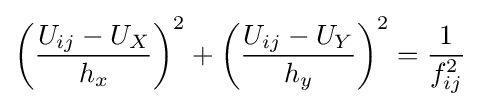
\left({\frac {U_{ij}-U_{X}}{h_{x}}}\right)^{2}+\left({\frac {U_{ij}-U_{Y}}{h_{y}}}\right)^{2}={\frac {1}{f_{ij}^{2}}}